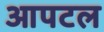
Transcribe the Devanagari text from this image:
आपटल